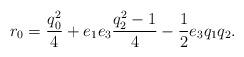
LaTeX: \begin{align*}r_0=\frac{q_0^2}{4}+e_1e_3\frac{q_2^2-1}{4}-\frac{1}{2}e_3q_1q_2.\end{align*}